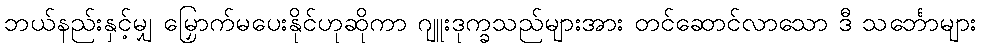
ဘယ်နည်းနှင့်မျှ မြှောက်မပေးနိုင်ဟုဆိုကာ ဂျူးဒုက္ခသည်များအား တင်ဆောင်လာသော ဒီ သင်္ဘောများ